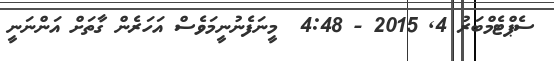
ސެޕްޓެމްބަރު 4